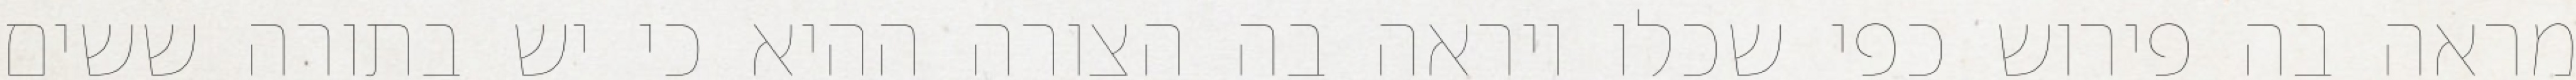
מראה בה פירוש כפי שכלו ויראה בה הצורה ההיא כי יש בתורה ששים